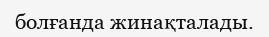
болғанда жинақталады.